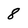
Character: 8